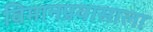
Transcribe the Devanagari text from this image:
विमानप्रवासाला